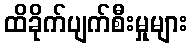
ထိခိုက်ပျက်စီးမှုများ